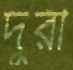
দুরী